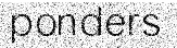
ponders